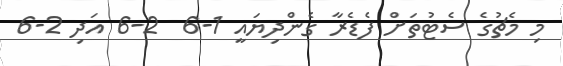
މި މެޗުގެ ސެޓުތަށް ފެޑެރާ ގެންދިޔައީ 1-6  2-6 އަދި 2-6